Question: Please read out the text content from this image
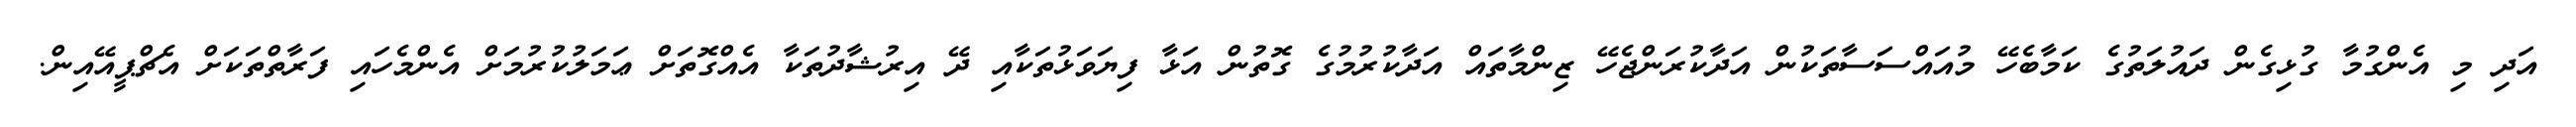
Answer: އަދި މި އެންގުމާ ގުޅިގެން ދައުލަތުގެ ކަމާބެހޭ މުއައްސަސާތަކުން އަދާކުރަންޖެހޭ ޒިންމާތައް އަދާކުރުމުގެ ގޮތުން އަޅާ ފިޔަވަޅުތަކާއި ދޭ އިރުޝާދުތަކާ އެއްގޮތަށް ޢަމަލުކުރުމަށް އެންމެހައި ފަރާތްތަކަށް އެޗްޕީއޭއިން.